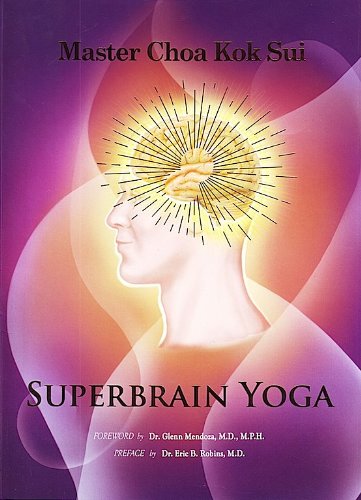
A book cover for SuperBrain Yoga; Master Choa Kok Sui; Health, Fitness & Dieting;